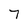
Character: 7